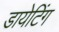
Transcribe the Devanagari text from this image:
डायेटिंग